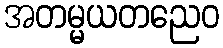
အတမ္မယတညေဝ